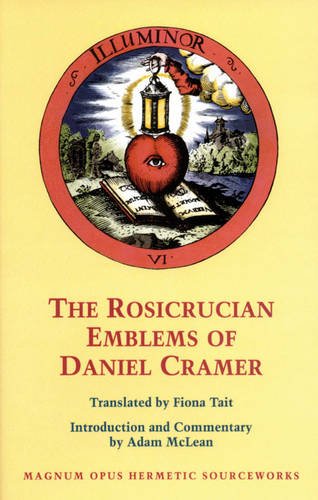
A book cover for The Rosicrucian Emblems of Daniel Cramer: The True Society of Jesus and the Rosy Cross (Magnum Opus Hermetic Sourceworks); Daniel Cramer; Religion & Spirituality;